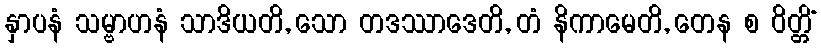
နှာပနံ သမ္ဗာဟနံ သာဒိယတိ, သော တဒဿာဒေတိ, တံ နိကာမေတိ, တေန စ ဝိတ္တိံ